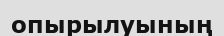
опырылуының